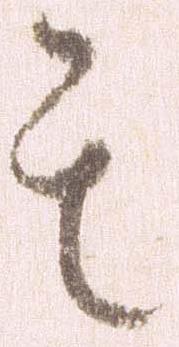
其